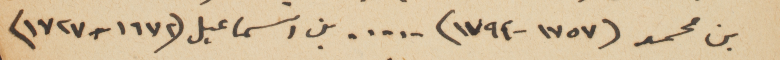
بن محمد (١٧٥٧-١٧٩٢) .... . بن اسماعيل (١٦٧٢-١٧٢٧)